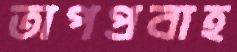
তাপপ্রবাহ